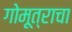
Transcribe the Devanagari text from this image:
गोमूत्राचा